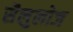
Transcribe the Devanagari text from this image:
सैलुलोज